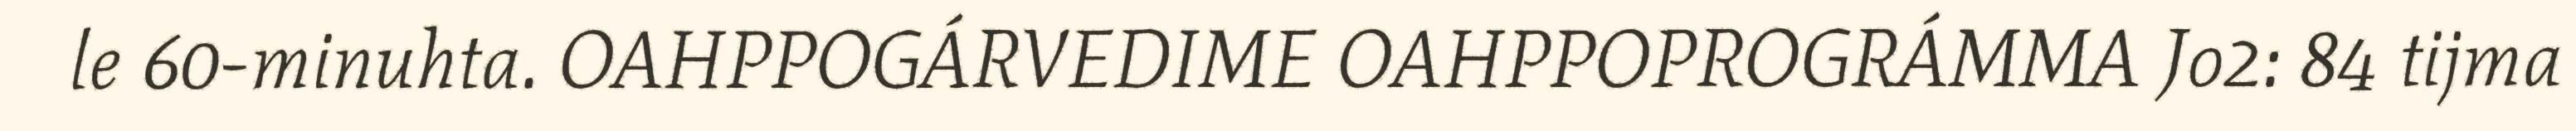
le 60-minuhta. OAHPPOGÁRVEDIME OAHPPOPROGRÁMMA Jo2: 84 tijma